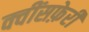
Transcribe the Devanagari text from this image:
क्वींसफ़ेरी